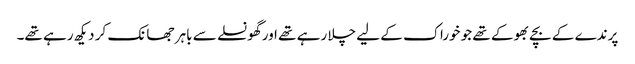
پرندے کے بچے بھوکے تھے جو خوراک کے لیے چلا رہے تھے اور گھونسلے سے باہر جھانک کر دیکھ رہے تھے۔